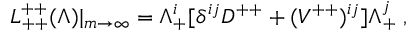
{ \cal L } _ { + + } ^ { + + } ( \Lambda ) | _ { m \rightarrow \infty } = \Lambda _ { + } ^ { i } [ \delta ^ { i j } D ^ { + + } + ( { V } ^ { + + } ) ^ { i j } ] \Lambda _ { + } ^ { j } \; ,